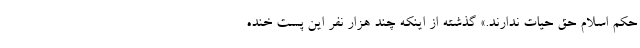
حکم اسلام حق حیات ندارند.» گذشته از اینکه چند هزار نفر این پست خنده